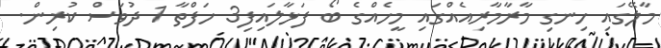
މާލޭގައި ހިނގި މާރާމާރިއެއްގައި މީހެއްގެ ބޯ ފަޅާލައިފި3 ހަފްތާ 1 ދުވަސް ކުރިން.